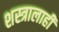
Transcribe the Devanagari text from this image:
शस्त्रालाही